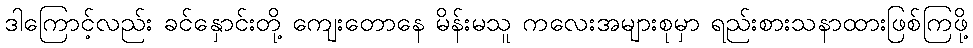
ဒါကြောင့်လည်း ခင်နှောင်းတို့ ကျေးတောနေ မိန်းမသူ ကလေးအများစုမှာ ရည်းစားသနာထားဖြစ်ကြဖို့